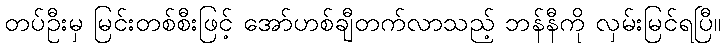
တပ်ဦးမှ မြင်းတစ်စီးဖြင့် အော်ဟစ်ချီတက်လာသည့် ဘန်နီကို လှမ်းမြင်ရပြီ။